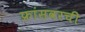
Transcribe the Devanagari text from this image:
फ्रांसवरची